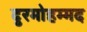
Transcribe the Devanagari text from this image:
दुरमोहम्मद